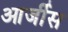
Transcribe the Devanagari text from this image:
आर्जीस